Indian journal of veterinary science and animal husbandry - Volume 12,
Year: 1942
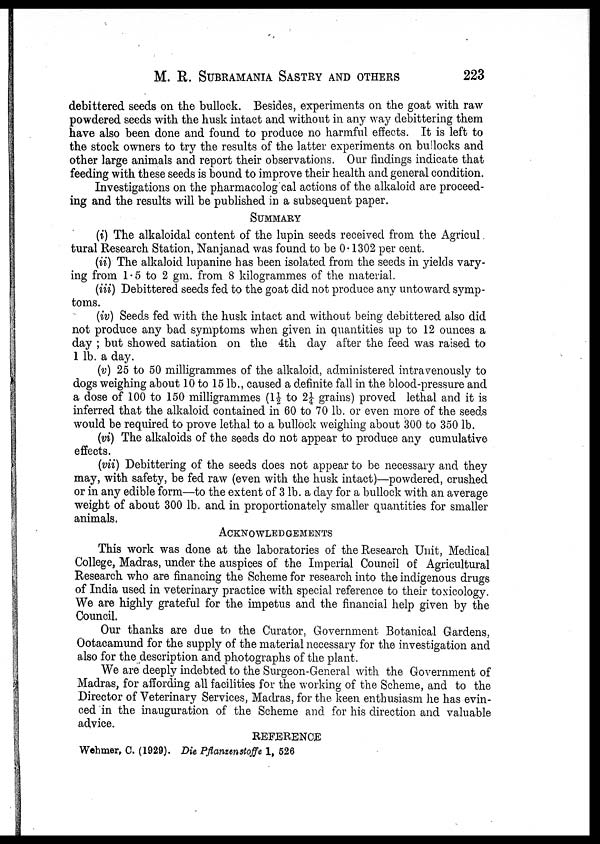
M. R. SUBRAMANIA SASTRY AND OTHERS
223
debittered seeds on the bullock. Besides, experiments on the goat with raw
powdered seeds with the husk intact and without in any way debittering them
have also been done and found to produce no harmful effects. It is left to
the stock owners to try the results of the latter experiments on bullocks and
other large animals and report their observations. Our findings indicate that
feeding with these seeds is bound to improve their health and general condition.
Investigations on the pharmacolog cal actions of the alkaloid are proceed-
ing and the results will be published in a subsequent paper.
SUMMARY
(i) The alkaloidal content of the lupin seeds received from the Agricul¬
tural Research Station, Nanjanad was found to be 0.1302 per cent.
(ii) The alkaloid lupanine has been isolated from the seeds in yields vary-
ing from 1.5 to 2 gm. from 8 kilogrammes of the material.
(iii) Debittered seeds fed to the goat did not produce any untoward symp-
toms.
(iv) Seeds fed with the husk intact and without being debittered also did
not produce any bad symptoms when given in quantities up to 12 ounces a
day ; but showed satiation on the 4th day after the feed was raised to
1 lb. a day.
(v) 25 to 50 milligrammes of the alkaloid, administered intravenously to
dogs weighing about 10 to 15 lb., caused a definite fall in the blood-pressure and
a dose of 100 to 150 milligrammes (1½ to 2¼ grains) proved lethal and it is
inferred that the alkaloid contained in 60 to 70 lb. or even more of the seeds
would be required to prove lethal to a bullock weighing about 300 to 350 lb.
(vi) The alkaloids of the seeds do not appear to produce any cumulative
effects.
(vii) Debittering of the seeds does not appear to be necessary and they
may, with safety, be fed raw (even with the husk intact)—powdered, crushed
or in any edible form—to the extent of 3 lb. a day for a bullock with an average
weight of about 300 lb. and in proportionately smaller quantities for smaller
animals.
ACKNOWLEDGEMENTS
This work was done at the laboratories of the Research Unit, Medical
College, Madras, under the auspices of the Imperial Council of Agricultural
Research who are financing the Scheme for research into the indigenous drugs
of India used in veterinary practice with special reference to their toxicology.
We are highly grateful for the impetus and the financial help given by the
Council.
Our thanks are due to the Curator, Government Botanical Gardens,
Ootacamund for the supply of the material necessary for the investigation and
also for the description and photographs of the plant.
We are deeply indebted to the Surgeon-General with the Government of
Madras, for affording all facilities for the working of the Scheme, and to the
Director of Veterinary Services, Madras, for the keen enthusiasm he has evin-
ced in the inauguration of the Scheme and for his direction and valuable
advice.
REFERENCE
Wehmer, C. (1929). Die Pflanzenstoffe 1, 526